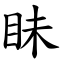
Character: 眛